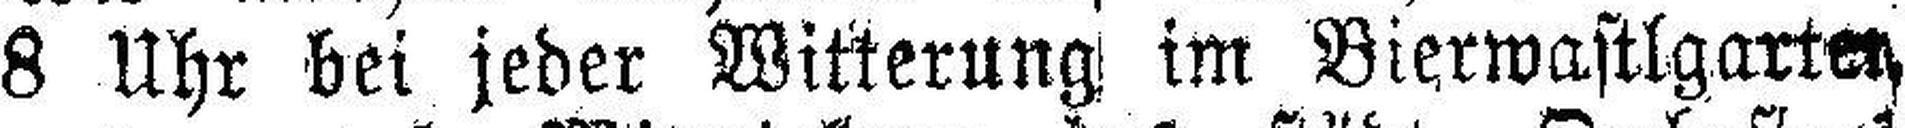
8 Uhr bei jeder Witterung im Bierwastlgarten